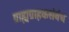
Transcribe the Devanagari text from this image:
ग्राह्यग्राहकसंबंध